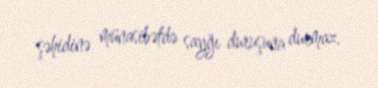
şəhidinə münasibətdə sayğı duruşuna durmaz.